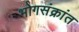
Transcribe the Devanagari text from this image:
भोगसंक्रांत